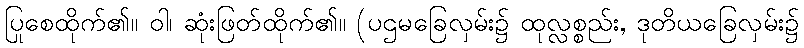
ပြုစေထိုက်၏။ ဝါ၊ ဆုံးဖြတ်ထိုက်၏။ (ပဌမခြေလှမ်း၌ ထုလ္လစ္စည်း, ဒုတိယခြေလှမ်း၌